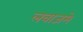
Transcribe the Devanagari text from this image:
लवाजमे